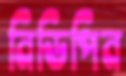
নিডিপিন